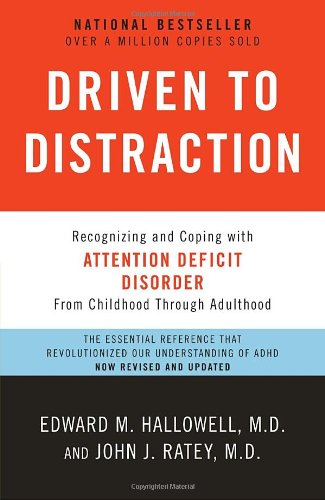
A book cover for Driven to Distraction (Revised): Recognizing and Coping with Attention Deficit Disorder; Edward M. Hallowell M.D.; Health, Fitness & Dieting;